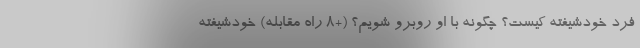
فرد خودشیفته‌ کیست؟ چگونه با او روبرو شویم؟ (+8 راه مقابله) خودشیفته